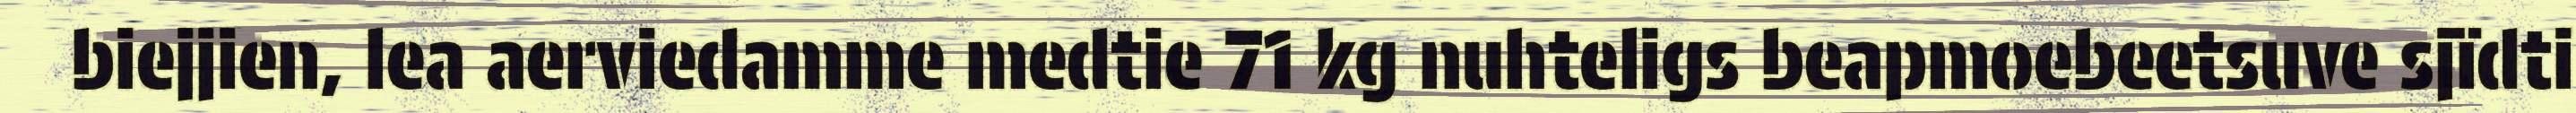
biejjien, lea aerviedamme medtie 71 kg nuhteligs beapmoebeetsuve sjïdti